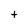
Character: t